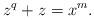
LaTeX: \begin{align*} z^q+z=x^m.\end{align*}